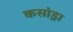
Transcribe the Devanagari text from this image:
कसांड्रा